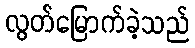
လွတ်မြောက်ခဲ့သည်